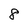
Character: 8